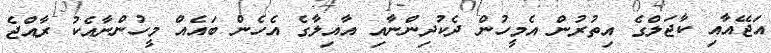
އަޖޭއާއި ކާޖަލްގެ އިތުރުން އެމީހުން ދެކުދިންނާއި އާއިލާގެ އެހެން ބައެއް މީހުންނާއެކު ރާއްޖެ